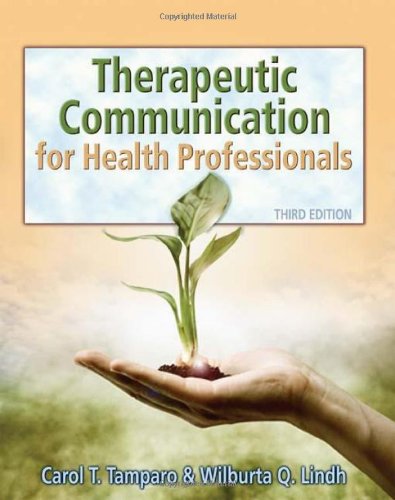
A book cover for Therapeutic Communications for Health Care (Communication and Human Behavior for Health Science); Carol D. Tamparo; Medical Books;